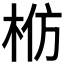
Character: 𬂬